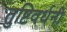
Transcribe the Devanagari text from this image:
तुष्टिवर्धनी